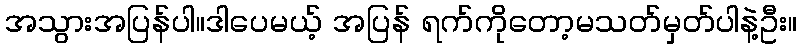
အသွားအပြန်ပါ။ဒါပေမယ့် အပြန် ရက်ကိုတော့မသတ်မှတ်ပါနဲ့ဦး။